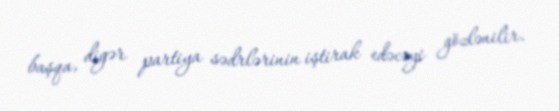
başqa, digər partiya sədrlərinin iştirak edəcəyi gözlənilir.